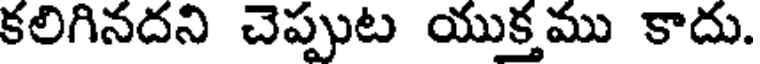
కలిగినదని చెప్పుట యుక్త ము కాదు.